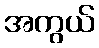
အကွယ်